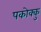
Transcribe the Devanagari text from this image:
पकोक्कु